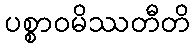
ပစ္စာဝမိဿတီတိ